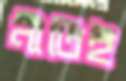
নীতিই